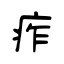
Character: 痄